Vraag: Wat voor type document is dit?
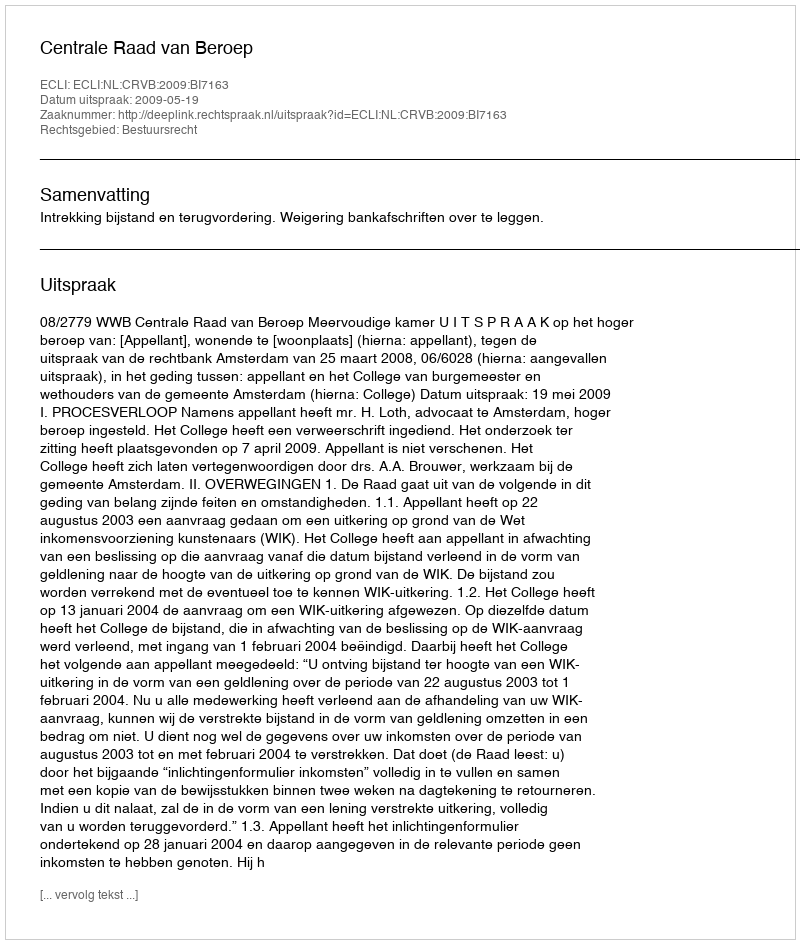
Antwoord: Uitspraak